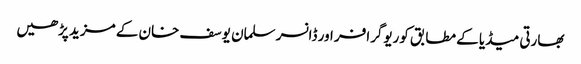
بھارتی میڈیا کے مطابق کوریوگرافر اور ڈانسر سلمان یوسف خان کے مزید پڑھیں